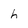
Character: h